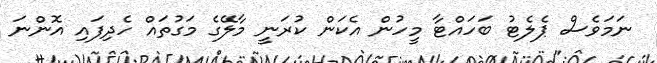
ނަމަވެސް ޕެލެޓު ބަހައްޓާ މީހުން އެކަން ކުރަނީ މާލޭގެ މަގުތައް ހެދިފައި އޮންނަ